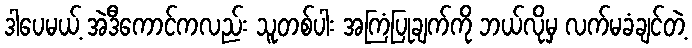
ဒါပေမယ့် အဲဒီကောင်ကလည်း သူတစ်ပါး အကြံပြုချက်ကို ဘယ်လိုမှ လက်မခံချင်တဲ့